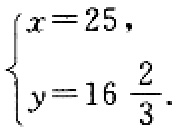
$\begin{cases}

x = 25, \\

y = 16\ \frac{2}{3}.

\end{cases}$